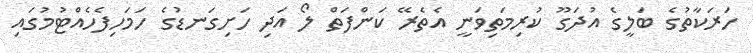
ހަރަކާތުގެ ބަލީގެ އުދަގޫ ކުރިމަތިވަނީ އެތެރޭ ކަންފަތް ލޯ އަދި ހަށިގަނޑުގެ ހަމަހިފެހެއްޓުމުގައި